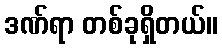
ဒဏ်ရာ တစ်ခုရှိတယ်။